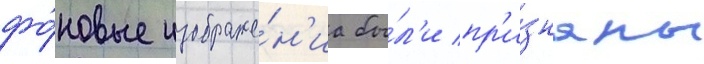
фо́новые изображе́н'иа бы́л'и пр'и́знаны